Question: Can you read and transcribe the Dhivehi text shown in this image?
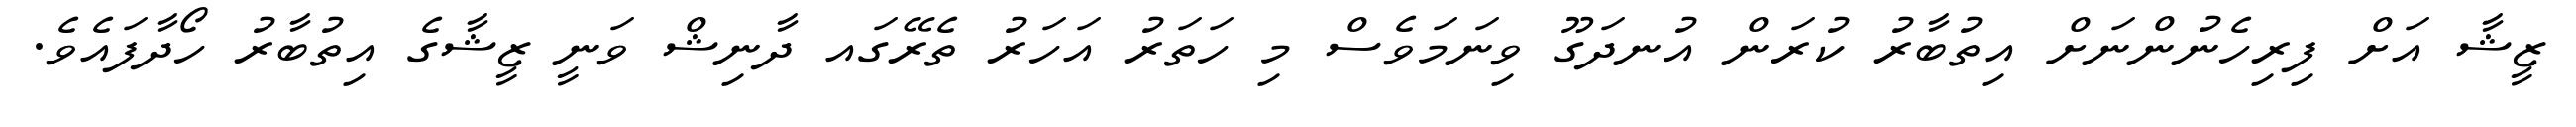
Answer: ޒީޝާ އަށް ފިރިހެނުންނަށް އިތުބާރު ކުރަން އުނދަގޫ ވިނަމަވެސް މި ހަތަރު އަހަރު ތެރޭގައ ދާނިޝް ވަނީ ޒީޝާގެ އިތުބާރު ހޯދާފައެވެ.